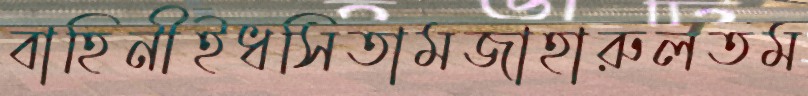
বাহিনীইধসিতামজাহারুলতম